Vaccination North-Western Provinces and Oudh 1896-1901 - 1896-1901
Year: 1896
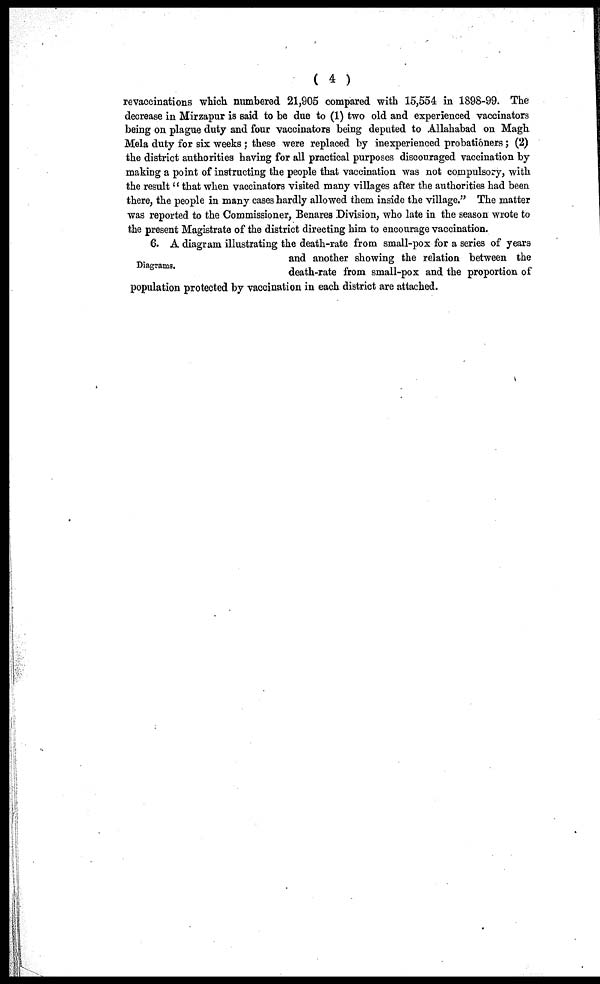
( 4 )
revaccinations which numbered 21,905 compared with 15,554 in 1898-99. The
decrease in Mirzapur is said to be due to (1) two old and experienced vaccinators
being on plague duty and four vaccinators being deputed to Allahabad on Magh
Mela duty for six weeks ; these were replaced by inexperienced probationers; (2)
the district authorities having for all practical purposes discouraged vaccination by
making a point of instructing the people that vaccination was not compulsory, with
the result " that when vaccinators visited many villages after the authorities had been
there, the people in many cases hardly allowed them inside the village." The matter
was reported to the Commissioner, Benares Division, who late in the season wrote to
the present Magistrate of the district directing him to encourage vaccination.
Diagrams.
6. A diagram illustrating the death-rate from small-pox for a series of years
and another showing the relation between the
death-rate from small-pox and the proportion of
population protected by vaccination in each district are attached.